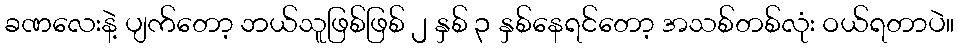
ခဏလေးနဲ့ ပျက်တော့ ဘယ်သူဖြစ်ဖြစ် ၂ နှစ် ၃ နှစ်နေရင်တော့ အသစ်တစ်လုံး ဝယ်ရတာပဲ။